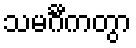
သမင်္ဂီကတွာ